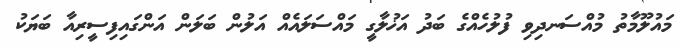
މައުލޫމާތު މުއްސަނދިވި ފުލުހެއްގެ ބަދު އަޚުލާގީ މައްސަލައެއް އަލުން ބަލަން އަންގައިފިސީރިއާ ބަޔަކު